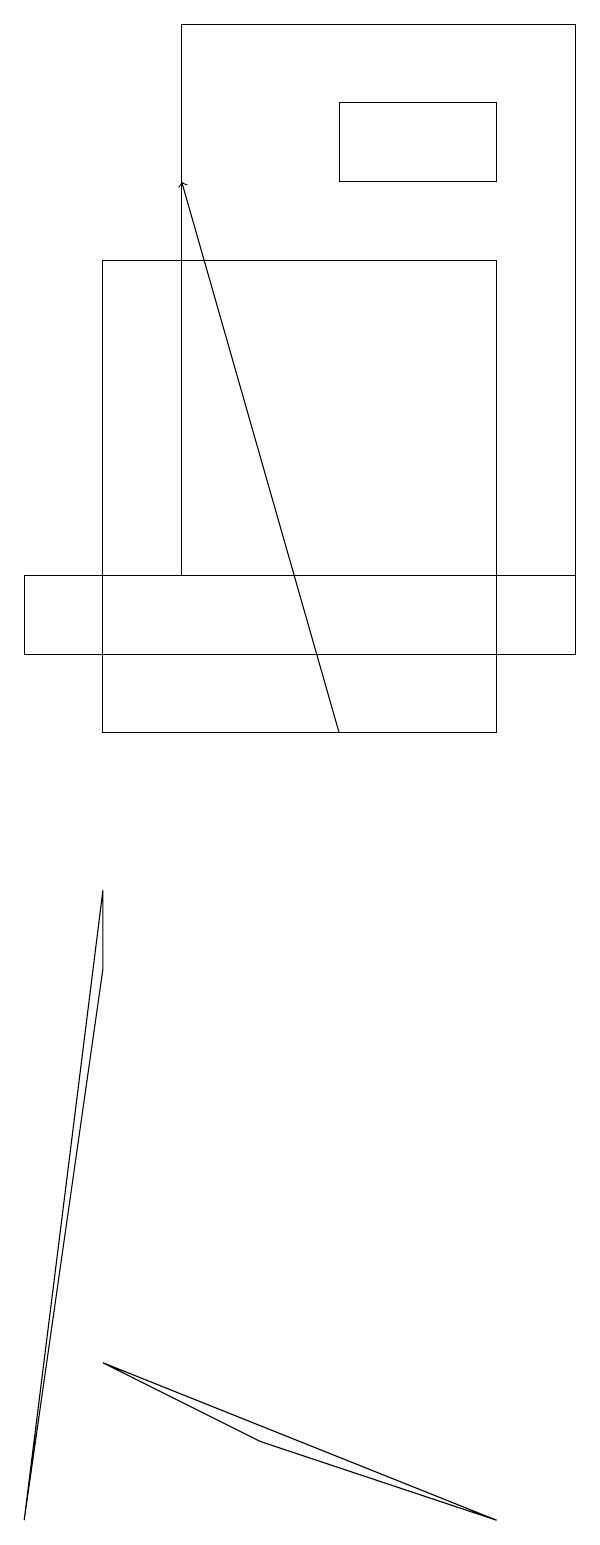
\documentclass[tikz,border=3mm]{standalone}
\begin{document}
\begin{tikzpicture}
\draw (8,0) -- (3,2) -- (5,1) -- cycle;
\draw (3,7) -- (3,8) -- (2,0) -- cycle;
\draw (6,17) rectangle (8,18);
\draw (4,19) rectangle (9,12);
\draw (3,16) rectangle (8,10);
\draw (2,11) rectangle (9,12);
\draw[->] (6,10) -- (4,17);
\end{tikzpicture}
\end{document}